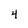
Character: 4